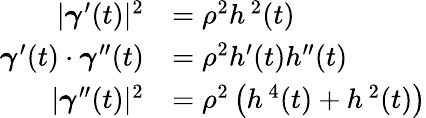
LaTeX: {\begin{array}{rl}{|{\boldsymbol{\gamma}}^{\prime}(t)|^{2}}&{=\rho^{2}h^{\, 2}(t)}\\ {{\boldsymbol{\gamma}}^{\prime}(t)\cdot{\boldsymbol{\gamma}}^{\prime\prime}(t)}&{=\rho^{2}h^{\prime}(t)h^{\prime\prime}(t)}\\ {|{\boldsymbol{\gamma}}^{\prime\prime}(t)|^{2}}&{=\rho^{2}\left(h^{\, 4}(t)+h^{\, 2}(t)\right)}\end{array}}